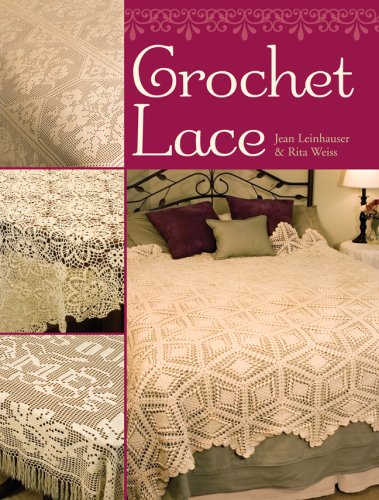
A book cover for Crochet Lace; Jean Leinhauser; Crafts, Hobbies & Home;